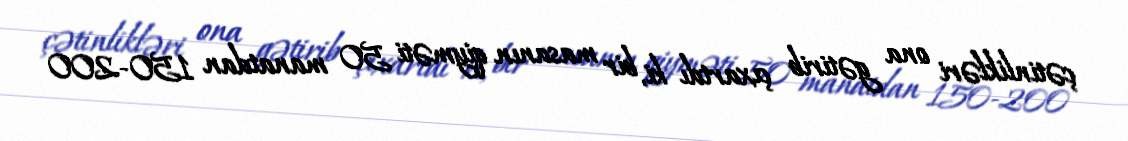
çətinlikləri ona gətirib çıxartdı ki, bir masanın qiyməti 50 manatdan 150-200